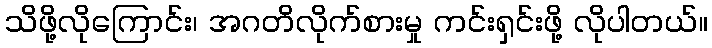
သိဖို့လိုကြောင်း၊ အဂတိလိုက်စားမှု ကင်းရှင်းဖို့ လိုပါတယ်။